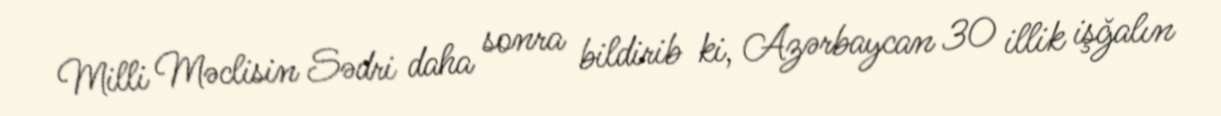
Milli Məclisin Sədri daha sonra bildirib ki, Azərbaycan 30 illik işğalın